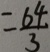
= \frac { 6 4 } { 3 }